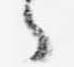
々